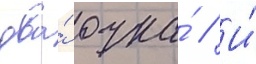
два́ очка́ // И́